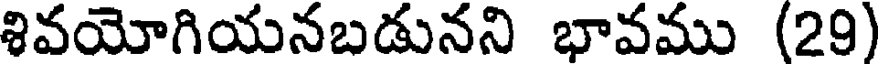
శివయోగియనబడునని భావము (29)